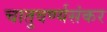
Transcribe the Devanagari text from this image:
चातुवर्ण्यसंकर